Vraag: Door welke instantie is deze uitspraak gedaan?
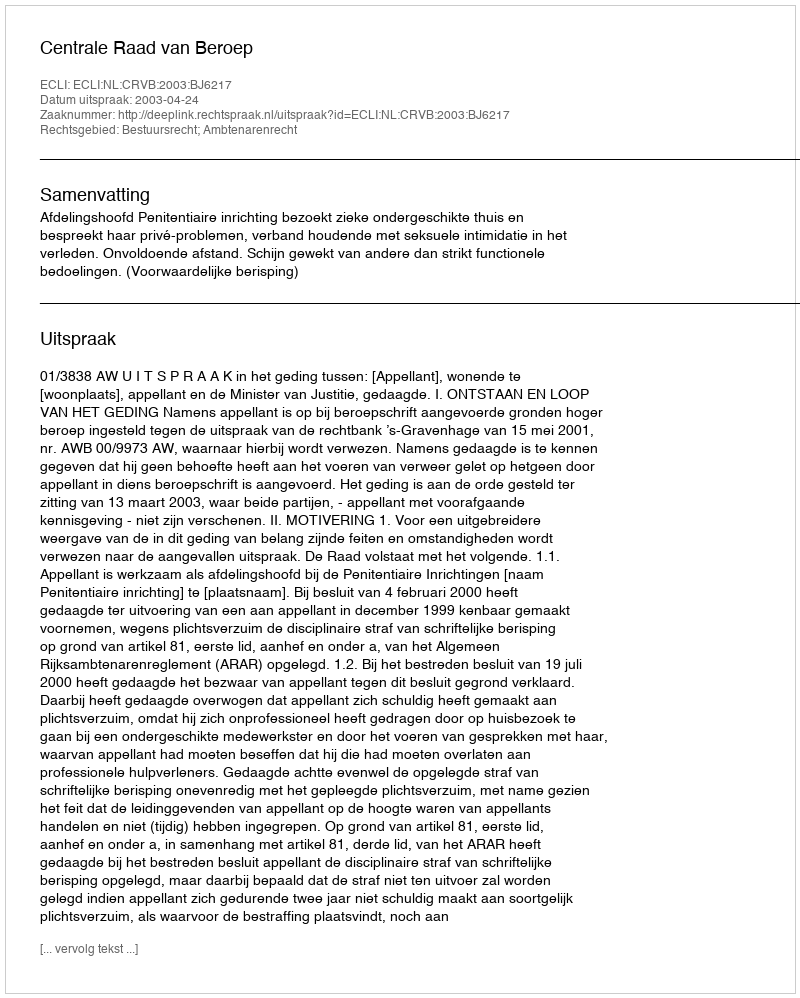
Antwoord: Centrale Raad van Beroep